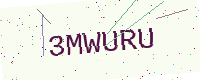
Text: 3MWURU